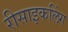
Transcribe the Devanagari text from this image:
रीसाइकलिंग